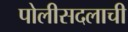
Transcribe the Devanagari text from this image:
पोलीसदलाची